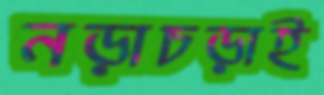
নড়াচড়াই